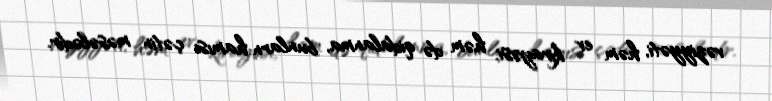
vəziyyəti, həm ev kirayəsi, həm də qidalanma, bunlarn hamısı çətin məsələdir.